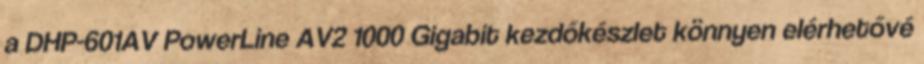
a DHP-601AV PowerLine AV2 1000 Gigabit kezdőkészlet könnyen elérhetővé